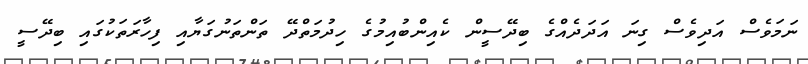
ނަމަވެސް އަދިވެސް ގިނަ އަދަދެއްގެ ބިދޭސީން ކެއިންބުއިމުގެ ހިދުމަތްދޭ ތަންތަނުގަޔާއި ފިހާރަތަކުގައި ބިދޭސީ